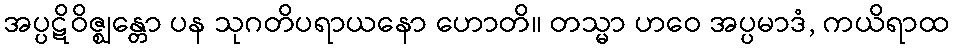
အပ္ပဋိဝိဇ္ဈန္တော ပန သုဂတိပရာယနော ဟောတိ။ တသ္မာ ဟဝေ အပ္ပမာဒံ, ကယိရာထ